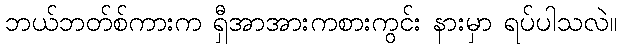
ဘယ်ဘတ်စ်ကားက ရှီအာအားကစားကွင်း နားမှာ ရပ်ပါသလဲ။